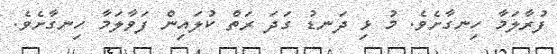
ފުރާލަމާ ހިނގާށެވެ. މު ޅި ދަނޑު ގަދަ ރަތް ކުލައިން ފަވާލަމާ ހިނގާށެވެ.